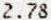
2.78